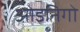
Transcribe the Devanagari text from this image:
ओइनिगो